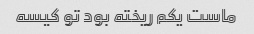
ماست یکم ریخته بود تو کیسه